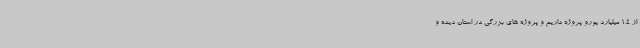
از 1.4 میلیارد یورو پروژه داریم و پروژه های بزرگی در استان دیده و